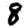
Digit: 8